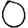
Digit: 0